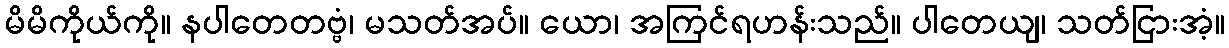
မိမိကိုယ်ကို။ နပါတေတဗ္ဗံ၊ မသတ်အပ်။ ယော၊ အကြင်ရဟန်းသည်။ ပါတေယျ၊ သတ်ငြားအံ့။